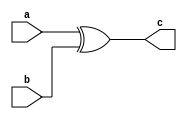
module trivial( input a, input b, output c);
assign c = a ^ b;
endmodule